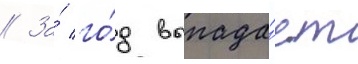
// За́ го́д выпада́ет